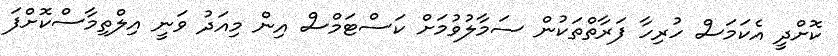
ކޮށްދީ އެކަމަސް ހުރިހާ ފަރާތްތަކުން ސަމާލުވުމަށް ކަސްޓަމްސް އިން މިއަދު ވަނީ އިލްތިމާސްކޮށްފަ